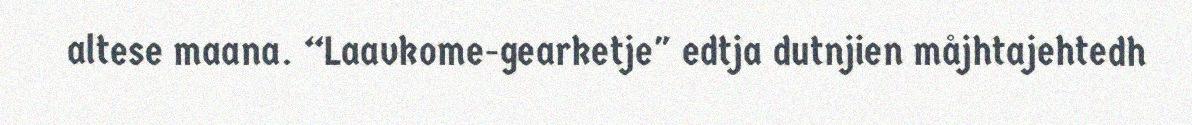
altese maana. “Laavkome-gearketje" edtja dutnjien måjhtajehtedh